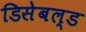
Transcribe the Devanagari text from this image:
डिसेबल्ड